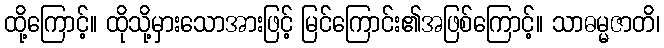
ထို့ကြောင့်။ ထိုသို့မှားသောအားဖြင့် မြင်ကြောင်း၏အဖြစ်ကြောင့်။ သာဓမ္မဇာတိ၊